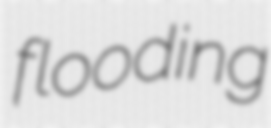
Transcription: flooding